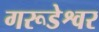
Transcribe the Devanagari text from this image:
गरूडेश्वर